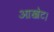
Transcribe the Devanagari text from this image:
आखेट।